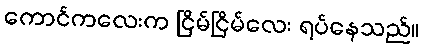
ကောင်ကလေးက ငြိမ်ငြိမ်လေး ရပ်နေသည်။